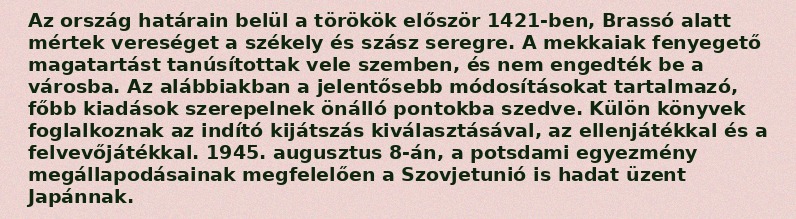
Az ország határain belül a törökök először 1421-ben, Brassó alatt mértek vereséget a székely és szász seregre. A mekkaiak fenyegető magatartást tanúsítottak vele szemben, és nem engedték be a városba. Az alábbiakban a jelentősebb módosításokat tartalmazó, főbb kiadások szerepelnek önálló pontokba szedve. Külön könyvek foglalkoznak az indító kijátszás kiválasztásával, az ellenjátékkal és a felvevőjátékkal. 1945. augusztus 8-án, a potsdami egyezmény megállapodásainak megfelelően a Szovjetunió is hadat üzent Japánnak.